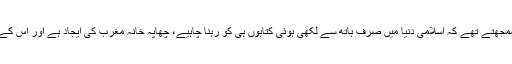
جب یہ ایجاد ترکی پہنچی تو انھوں نے اس پر پابندی لگا دی کیوں کہ وہ سمجھتے تھے کہ اسلامی دنیا میں صرف ہاتھ سے لکھی ہوئی کتابوں ہی کو رہنا چاہیے، چھاپہ خانہ مغرب کی ایجاد ہے اور اس کے ذریعے اسلامی کتابوں بالخصوص قرآن کی اشاعت کفر کے مترادف ہے۔